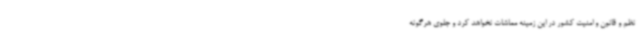
نظم و قانون و امنیت کشور در این زمینه مماشات نخواهد کرد و جلوی هرگونه